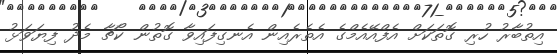
އިތުބާރު ހުރި ގޮތަކަށް އެފްއޭއެމްގެ އެތެރެއިން އެނގިފައިވާ ގޮތުން ކޯޗާ މެދު ފިޔަވަޅު